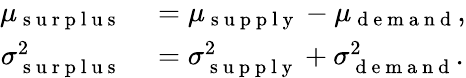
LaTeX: \begin{array}{rl}{\mu_{\mathrm{~s~u~r~p~l~u~s~}}}&{{}=\mu_{\mathrm{~s~u~p~p~l~y~}}-\mu_{\mathrm{~d~e~m~a~n~d~}},}\\ {\sigma_{\mathrm{~s~u~r~p~l~u~s~}}^{2}}&{{}=\sigma_{\mathrm{~s~u~p~p~l~y~}}^{2}+\sigma_{\mathrm{~d~e~m~a~n~d~}}^{2}.}\end{array}